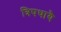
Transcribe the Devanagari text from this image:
त्रिपथायै